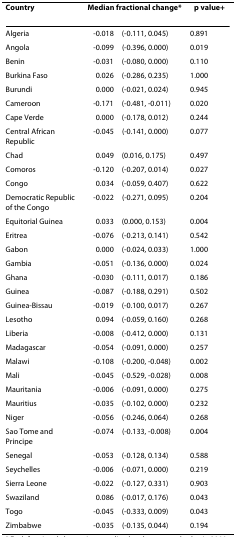
<table><thead><tr><td><b>Country</b></td><td colspan="2"><b>Median fractional change*</b></td><td><b>p value<sup>+</sup></b></td></tr></thead><tbody><tr><td>Algeria</td><td>-0.018</td><td>(-0.111, 0.045)</td><td>0.891</td></tr><tr><td>Angola</td><td>-0.099</td><td>(-0.396, 0.000)</td><td>0.019</td></tr><tr><td>Benin</td><td>-0.031</td><td>(-0.080, 0.000)</td><td>0.110</td></tr><tr><td>Burkina Faso</td><td>0.026</td><td>(-0.286, 0.235)</td><td>1.000</td></tr><tr><td>Burundi</td><td>0.000</td><td>(-0.021, 0.024)</td><td>0.945</td></tr><tr><td>Cameroon</td><td>-0.171</td><td>(-0.481, -0.011)</td><td>0.020</td></tr><tr><td>Cape Verde</td><td>0.000</td><td>(-0.178, 0.012)</td><td>0.244</td></tr><tr><td>Central African Republic</td><td>-0.045</td><td>(-0.141, 0.000)</td><td>0.077</td></tr><tr><td>Chad</td><td>0.049</td><td>(0.016, 0.175)</td><td>0.497</td></tr><tr><td>Comoros</td><td>-0.120</td><td>(-0.207, 0.014)</td><td>0.027</td></tr><tr><td>Congo</td><td>0.034</td><td>(-0.059, 0.407)</td><td>0.622</td></tr><tr><td>Democratic Republic of the Congo</td><td>-0.022</td><td>(-0.271, 0.095)</td><td>0.204</td></tr><tr><td>Equitorial Guinea</td><td>0.033</td><td>(0.000, 0.153)</td><td>0.004</td></tr><tr><td>Eritrea</td><td>-0.076</td><td>(-0.213, 0.141)</td><td>0.542</td></tr><tr><td>Gabon</td><td>0.000</td><td>(-0.024, 0.033)</td><td>1.000</td></tr><tr><td>Gambia</td><td>-0.051</td><td>(-0.136, 0.000)</td><td>0.024</td></tr><tr><td>Ghana</td><td>-0.030</td><td>(-0.111, 0.017)</td><td>0.186</td></tr><tr><td>Guinea</td><td>-0.087</td><td>(-0.188, 0.291)</td><td>0.502</td></tr><tr><td>Guinea-Bissau</td><td>-0.019</td><td>(-0.100, 0.017)</td><td>0.267</td></tr><tr><td>Lesotho</td><td>0.094</td><td>(-0.059, 0.160)</td><td>0.268</td></tr><tr><td>Liberia</td><td>-0.008</td><td>(-0.412, 0.000)</td><td>0.131</td></tr><tr><td>Madagascar</td><td>-0.054</td><td>(-0.091, 0.000)</td><td>0.257</td></tr><tr><td>Malawi</td><td>-0.108</td><td>(-0.200, -0.048)</td><td>0.002</td></tr><tr><td>Mali</td><td>-0.045</td><td>(-0.529, -0.028)</td><td>0.008</td></tr><tr><td>Mauritania</td><td>-0.006</td><td>(-0.091, 0.000)</td><td>0.275</td></tr><tr><td>Mauritius</td><td>-0.035</td><td>(-0.102, 0.000)</td><td>0.232</td></tr><tr><td>Niger</td><td>-0.056</td><td>(-0.246, 0.064)</td><td>0.268</td></tr><tr><td>Sao Tome and Principe</td><td>-0.074</td><td>(-0.133, -0.008)</td><td>0.004</td></tr><tr><td>Senegal</td><td>-0.053</td><td>(-0.128, 0.134)</td><td>0.588</td></tr><tr><td>Seychelles</td><td>-0.006</td><td>(-0.071, 0.000)</td><td>0.219</td></tr><tr><td>Sierra Leone</td><td>-0.022</td><td>(-0.127, 0.331)</td><td>0.903</td></tr><tr><td>Swaziland</td><td>0.086</td><td>(-0.017, 0.176)</td><td>0.043</td></tr><tr><td>Togo</td><td>-0.045</td><td>(-0.333, 0.009)</td><td>0.043</td></tr><tr><td>Zimbabwe</td><td>-0.035</td><td>(-0.135, 0.044)</td><td>0.194</td></tr></tbody></table>